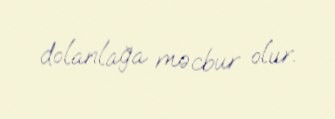
dolanlağa məcbur olur.